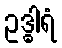
ဥဒ္ဓါရံ